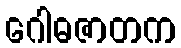
ဂေါဓဇာတက